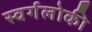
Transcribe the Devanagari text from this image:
स्वर्गलोकी